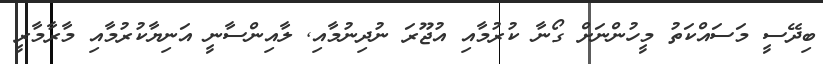
ބިދޭސީ މަސައްކަތު މީހުންނަށް ގޯނާ ކުރުމާއި އުޖޫރަ ނުދިނުމާއި